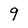
Character: 9